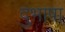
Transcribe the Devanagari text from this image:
दुभाषा